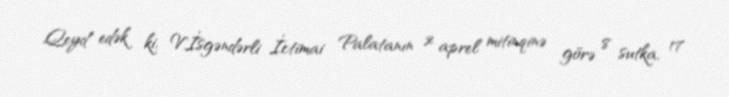
Qeyd edək ki, V.İsgəndərli İctimai Palatanın 2 aprel mitinqinə görə 8 sutka, 17